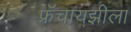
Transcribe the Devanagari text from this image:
फ्रॅंचायझीला